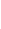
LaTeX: \! \! \! \! \! \! \! \! \! \! \! \alpha\! \! \! \! \! \! \! \! \! \! \! \! :\! \! \! \! \! \! \! \! \! \! \! \! [a\! \! \! \! \! \! \! \! \! \! \! \! ,b\! \! \! \! \! \! \! \! \! \! \! \! ]\! \! \! \! \! \! \! \! \! \! \! \! \to\! \! \! \! \! \! \! \! \! \! \! \! \! \! \! \! \! \! \! \! \! \! \! \! \ensuremath{\! \! \! \! \! \! \! \! \! \! \! \! \mathbb{R}}\! \! \! \! \! \! \! \! \! \! \! \! ^{\! }\! \! \! \! \! \! \! \! \! \! \! 2\! \! \! \! \! \! \! \! \! \! \! \! ,\! \! \! \! \! \! \! \! \! \! \!